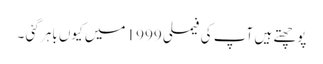
پوچھتے ہیں آپ کی فیملی 1999 میں کیوں باہر گئی ۔